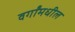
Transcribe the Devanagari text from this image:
वर्गांमधील